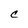
Character: C